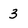
Character: 3